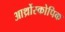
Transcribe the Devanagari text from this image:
आर्थ्रोस्कोपिक